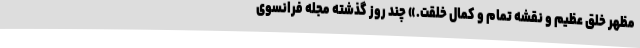
مظهر خلق عظیم و نقشه تمام و کمال خلقت.» چند روز گذشته مجله فرانسوی